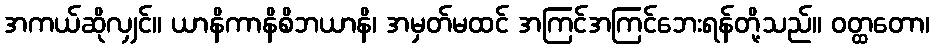
အကယ်ဆိုလျှင်။ ယာနိကာနိစိဘယာနိ၊ အမှတ်မထင် အကြင်အကြင်ဘေးရန်တို့သည်။ ဝတ္ထတော၊